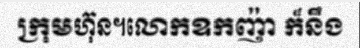
ក្រុមហ៊ុន។លោកឧកញ៉ា ក៏នឹង